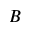
B